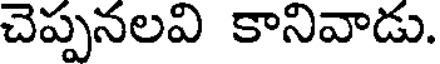
చెప్పనలవి కానివాడు.